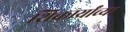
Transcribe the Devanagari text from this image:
शिकार्यांच्या